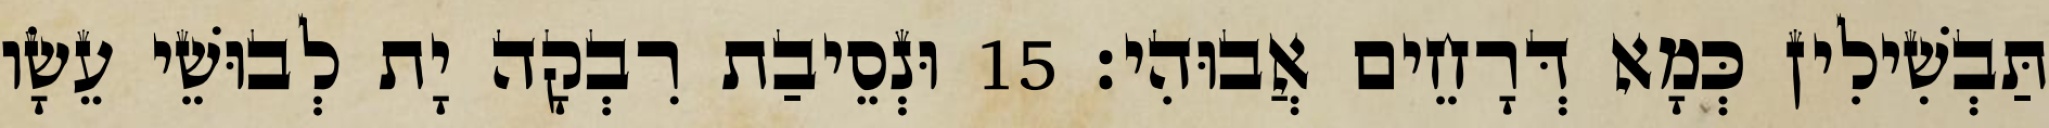
תַּבְשִׁילִין כְּמָא דְּרָחֵים אֲבוּהִי׃ 15 וּנְסֵיבַת רִבְקָה יָת לְבוּשֵׁי עֵשָׂו